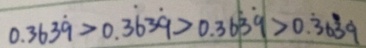
0 . 3 6 3 \dot { 9 } > 0 . 3 \dot { 6 } 3 \dot { 9 } > 0 . 3 6 \dot { 3 } \dot { 9 } > 0 . \dot { 3 } 6 \dot { 3 } 9